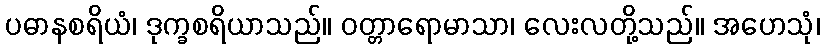
ပဓာနစရိယံ၊ ဒုက္ခစရိယာသည်။ ဝတ္တာရောမာသာ၊ လေးလတို့သည်။ အဟေသုံ၊